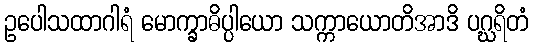
ဥပေါသထာဂါရံ မောက္ခာဓိပ္ပါယော သက္ကာယောတိအာဒိ ပဂ္ဃရိတံ